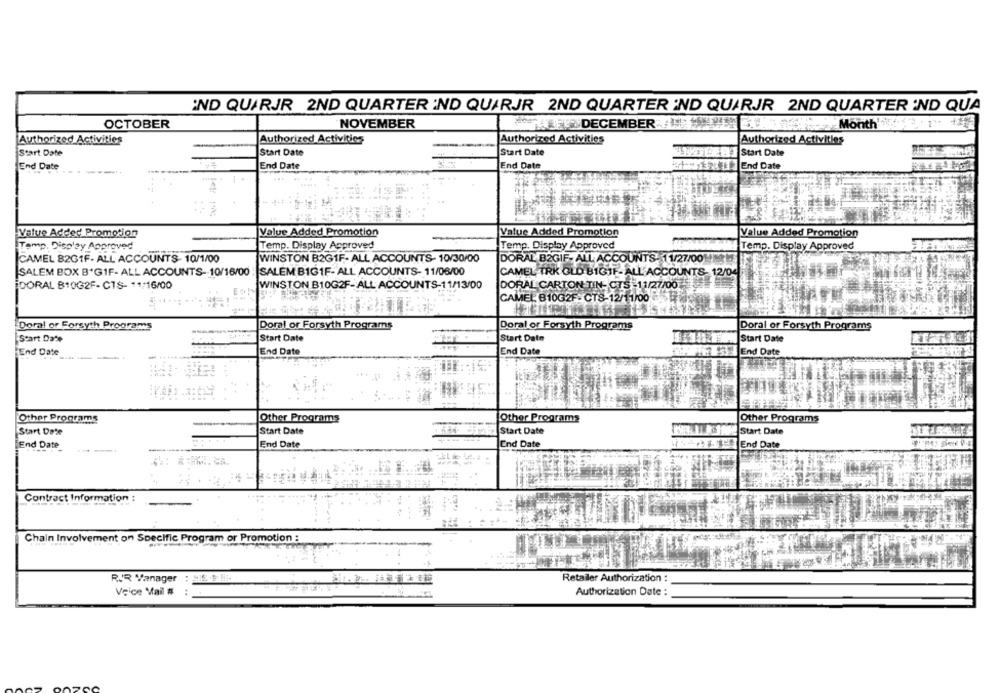
IND QUARJR 2ND QUARTER IND QUARJR 2ND QUARTER IND QUARJR 2ND QUARTER :ND QUA
OCTOBER
NOVEMBER
OFDECEMBER
hwMonth
Authorized Activities
Authorized Activities
Authorized Activities
Authorized Activities
Start Date
Start Date
Start Date
NOTICE E ] Start Date
End Date
End Date
End Date
HEEh End Date
left Die
Value Added Promotion
Value Added Promotion
Value Added Promotion
Value Added Promotion
Temp. Display Approved
Temp. Display Approved
Temp. Display Approved
Temp. Display Approved
CAMEL 82G1F- ALL ACCOUNTS- 10/1/00
WINSTON B2GIF- ALL ACCOUNTS- 10/30/00
DORAL B2GIF- ALL ACCOUNTS: 11/27/0010
SALEM BOX B'GIF- ALL ACCOUNTS- 10/16/00 : SALEM BIG1F- ALL ACCOUNTS- 11/06/00
CAMEL TRK GLD BIGTF-ALL ACCOUNTS- 12/04
DORAL B10G2F- CTS- ** /16/00
WINSTON B10G2F- ALL ACCOUNTS-11/13/00
DORAL CARTON TIN- CTS -11/27/00
CAMEL B10G2F- CTS-12/11/00 1
Doral or Forsyth Programs
Doral or Forsyth Programs
Doral or Forsyth Programs
Doral or Forsyth Programs
Start Date
Start Date
Start Date
Start Date
End Date
End Date
End Date
End Date
Other Programs
Other Programs
Other Programs
Other Programs
Start Date
Start Date
Start Date
Nie Start Date
End Date
End Date
End Date
gut End Date
Contract Information :
Chain Involvement on Specific Program or Promotion :
RIR Manager
Retailer Authorization :
Voice Mail #
Authorization Date :